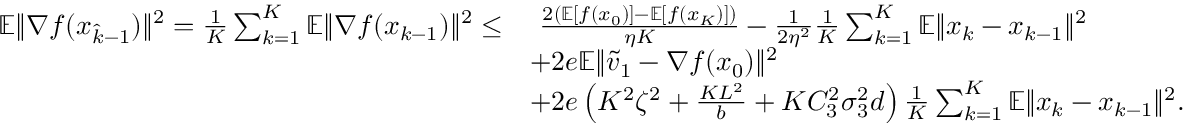
\begin{array} { r l } { \mathbb { E } \| \nabla f ( x _ { \hat { k } - 1 } ) \| ^ { 2 } = \frac { 1 } { K } \sum _ { k = 1 } ^ { K } \mathbb { E } \| \nabla f ( x _ { k - 1 } ) \| ^ { 2 } \leq } & { \ \frac { 2 ( \mathbb { E } [ f ( x _ { 0 } ) ] - \mathbb { E } [ f ( x _ { K } ) ] ) } { \eta K } - \frac { 1 } { 2 \eta ^ { 2 } } \frac { 1 } { K } \sum _ { k = 1 } ^ { K } \mathbb { E } \| x _ { k } - x _ { k - 1 } \| ^ { 2 } } \\ & { + 2 e \mathbb { E } \| \widetilde v _ { 1 } - \nabla f ( x _ { 0 } ) \| ^ { 2 } } \\ & { + 2 e \left( K ^ { 2 } \zeta ^ { 2 } + \frac { K L ^ { 2 } } { b } + K C _ { 3 } ^ { 2 } \sigma _ { 3 } ^ { 2 } d \right) \frac { 1 } { K } \sum _ { k = 1 } ^ { K } \mathbb { E } \| x _ { k } - x _ { k - 1 } \| ^ { 2 } . } \end{array}